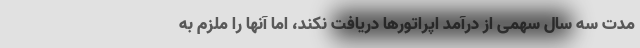
مدت سه سال سهمی از درآمد اپراتورها دریافت نکند، اما آنها را ملزم به